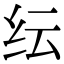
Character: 纭